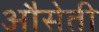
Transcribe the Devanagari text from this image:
औसेती